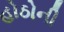
હોઠોની